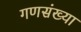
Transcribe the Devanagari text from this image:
गणसंख्या